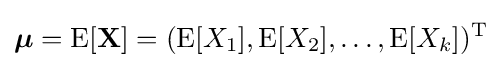
{\boldsymbol {\mu }}=\operatorname {E} [\mathbf {X} ]=(\operatorname {E} [X_{1}],\operatorname {E} [X_{2}],\ldots ,\operatorname {E} [X_{k}])^{\mathrm {T} }